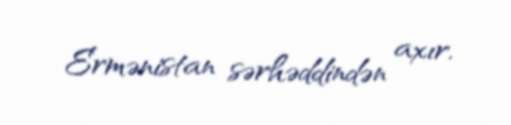
Ermənistan sərhəddindən axır.